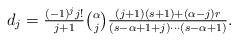
\begin{align*}\textstyle d_j = \frac{(-1)^j j!}{j+1} {\alpha \choose j} \frac{(j+1)(s+1)+(\alpha-j)r}{(s-\alpha+1+j)\cdots(s-\alpha+1)}.\end{align*}